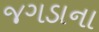
જગડાના